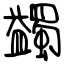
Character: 蠲